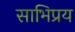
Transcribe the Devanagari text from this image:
साभिप्रय